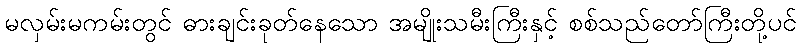
မလှမ်းမကမ်းတွင် ဓားချင်းခုတ်နေသော အမျိုးသမီးကြီးနှင့် စစ်သည်တော်ကြီးတို့ပင်